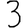
Digit: 3